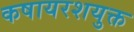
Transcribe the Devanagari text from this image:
कषायरशयुक्त